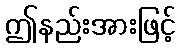
ဤနည်းအားဖြင့်